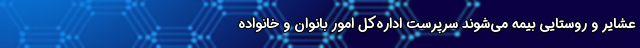
عشایر و روستایی بیمه می‌شوند سرپرست اداره‌کل امور بانوان و خانواده